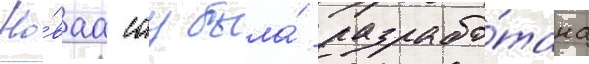
Но́ваа сау была́ разрабо́тана